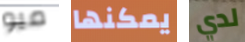
ميو يمكنها لدي